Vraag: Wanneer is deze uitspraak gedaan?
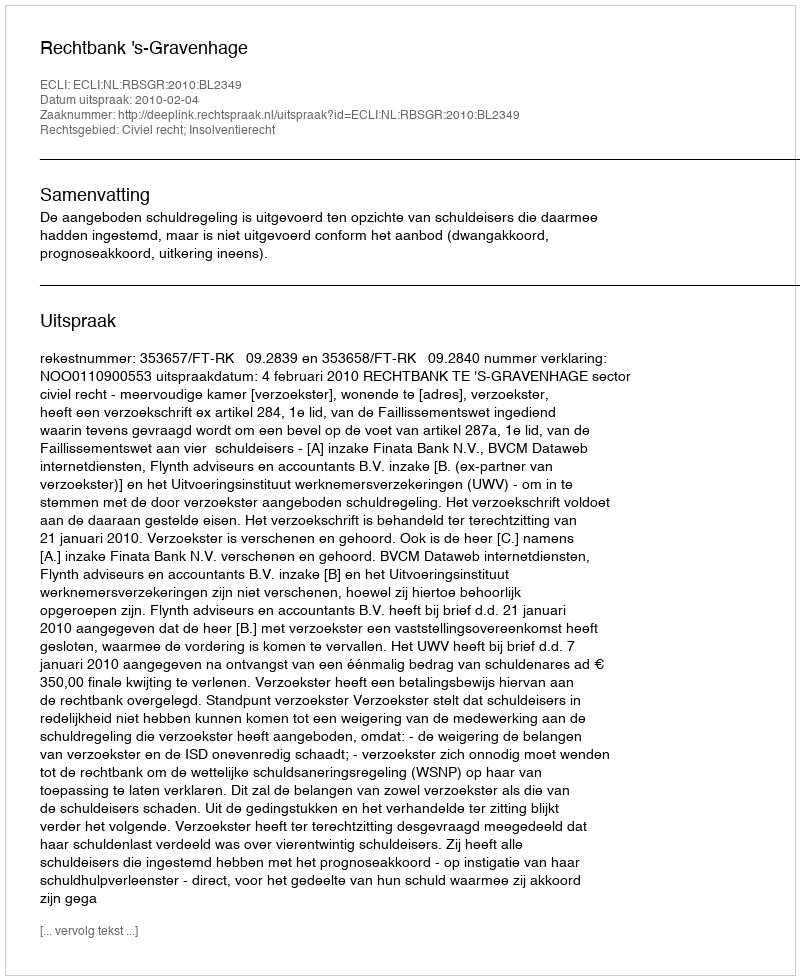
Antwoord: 2010-02-04